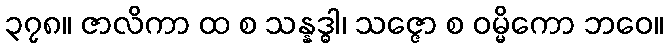
၃၇၈။ ဇာလိကာ ထ စ သန္နဒ္ဓါ၊ သဇ္ဇော စ ဝမ္မိကော ဘဝေ။